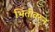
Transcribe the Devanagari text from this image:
भिंतीवरुन